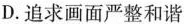
D.追求画面严整和谐